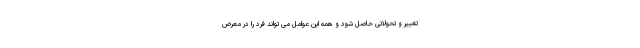
تغییر و تحولاتی حاصل شود و همه این عوامل می تواند فرد را در معرض